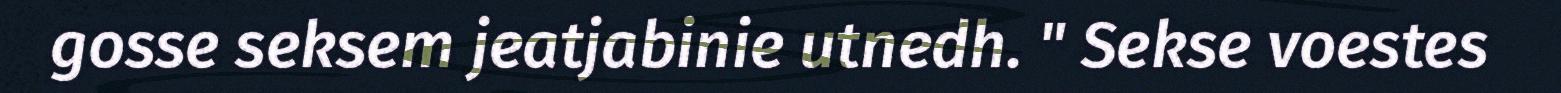
gosse seksem jeatjabinie utnedh. " Sekse voestes